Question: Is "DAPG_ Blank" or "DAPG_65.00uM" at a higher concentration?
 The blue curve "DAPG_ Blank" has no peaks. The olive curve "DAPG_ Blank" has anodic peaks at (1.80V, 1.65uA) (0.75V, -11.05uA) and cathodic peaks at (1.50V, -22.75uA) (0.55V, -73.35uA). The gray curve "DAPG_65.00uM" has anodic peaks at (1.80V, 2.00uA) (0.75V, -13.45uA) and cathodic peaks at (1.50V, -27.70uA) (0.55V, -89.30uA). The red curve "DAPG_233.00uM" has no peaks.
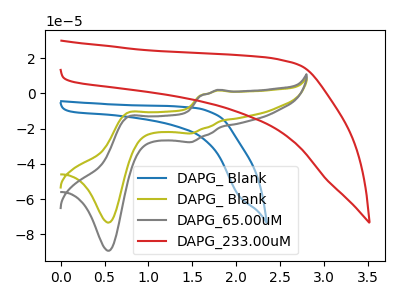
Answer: <think>All the peaks in "DAPG_ Blank" have a peak in "DAPG_65.00uM" at the same potential.
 </think>
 <answer>I cant tell if "DAPG_ Blank" or "DAPG_65.00uM" has higher concentration.</answer>
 <eval>mixed_concentration</eval>